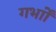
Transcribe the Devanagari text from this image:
गर्भाों